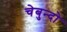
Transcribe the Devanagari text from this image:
चेबुन्दो